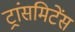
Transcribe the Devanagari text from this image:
ट्रांसमिटेंस